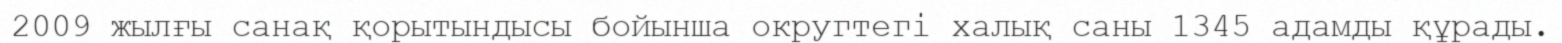
2009 жылғы санақ қорытындысы бойынша округтегі халық саны 1345 адамды құрады.